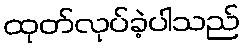
ထုတ်လုပ်ခဲ့ပါသည်